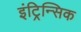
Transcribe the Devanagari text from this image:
इंट्रिन्सिक